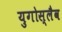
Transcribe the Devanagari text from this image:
युगोस्लैव